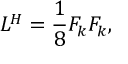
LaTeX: { \cal L } ^ { H } = \frac { 1 } { 8 } F _ { k } F _ { k } ,